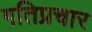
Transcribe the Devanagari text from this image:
गतिप्रचार